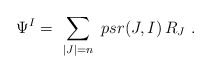
\begin{align*}\Psi^I = \ \sum_{|J| = n} \ psr(J,I) \, R_J \ .\end{align*}